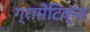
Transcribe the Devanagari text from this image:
ग्रामेटिक्स